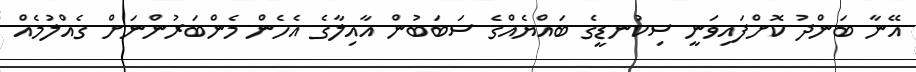
އޭނާ ބަންދު ކޮށްފައިވަނީ ސިކުނޑީގެ ބައްޔެއްގެ ސަބަބުން އާއިލާގެ އެހެން މެންބަރުންނަށް ގެއްލުމެއް